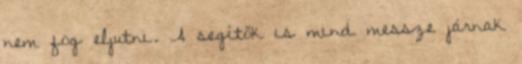
nem fog eljutni. A segítők is mind messze járnak